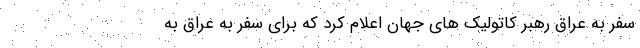
سفر به عراق رهبر کاتولیک های جهان اعلام کرد که برای سفر به عراق به